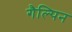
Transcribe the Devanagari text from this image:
गैल्पिन